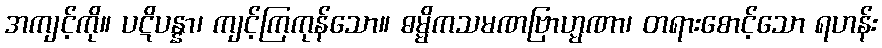
အကျင့်ကို။ ပဋိပန္နာ၊ ကျင့်ကြကုန်သော။ ဓမ္မိကသမဏဗြာဟ္မဏာ၊ တရားစောင့်သော ရဟန်း